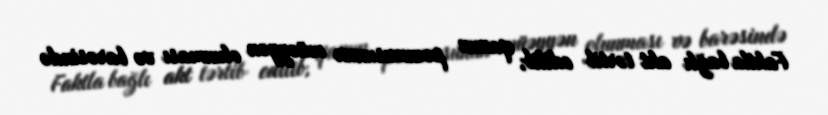
Faktla bağlı akt tərtib edilib, qanun pozucusunun müəyyən olunması və barəsində